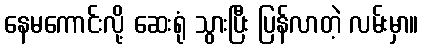
နေမကောင်းလို့ ဆေးရုံ သွားပြီး ပြန်လာတဲ့ လမ်းမှာ။